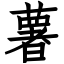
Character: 薯